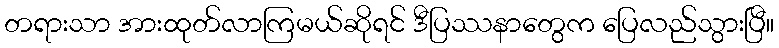
တရားသာ အားထုတ်လာကြမယ်ဆိုရင် ဒီပြဿနာတွေက ပြေလည်သွားပြီ။